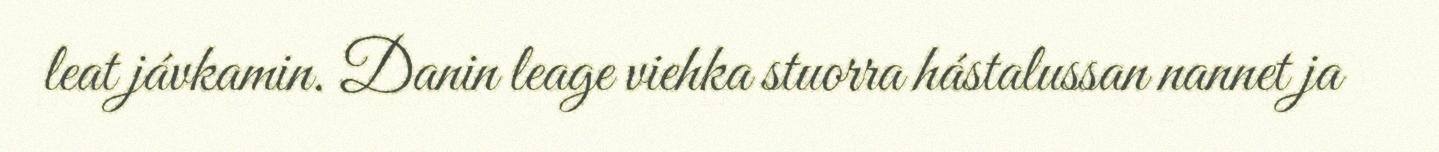
leat jávkamin. Danin leage viehka stuorra hástalussan nannet ja